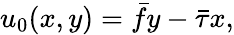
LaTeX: u_{0}(x,y)=\bar{f}y-\bar{\tau}x,